King Institute of Preventive Medicine Micro-Biological Section reports 1909-11
Year: 1909
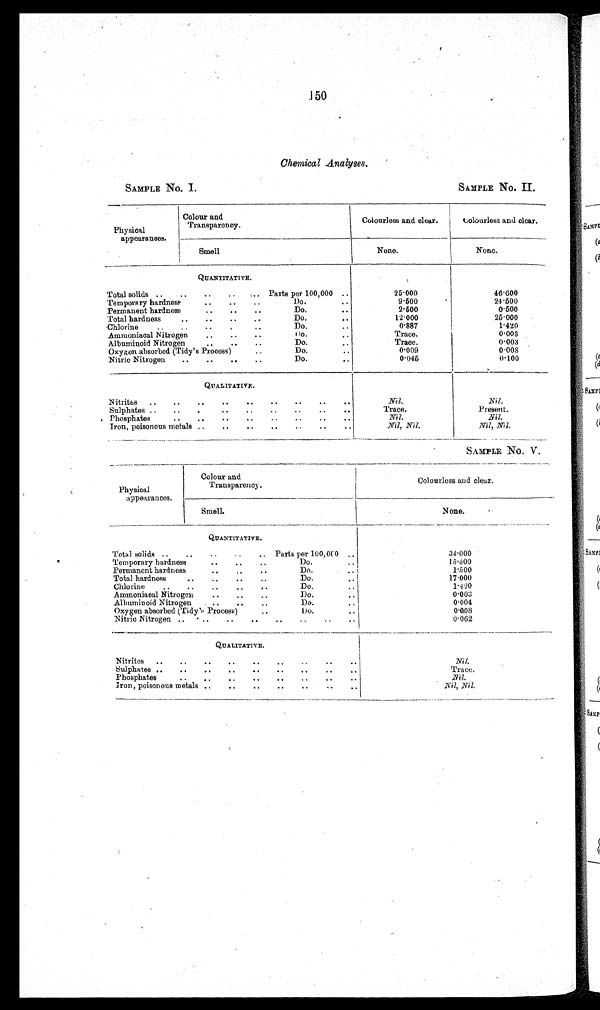
SAMPLE No. I.
SAMPLE No. II
150
Chemical Analyses.
Physical
appearances.
Colour and
Transparency.
Colourless and clear.
Colourless and clear.
Smell
None.
None.
QUANTITATIVE.
Total solids ..
..
..
..
. Parts per 100,000 ..
25·000
46·600
Temporary hardness
..
..
..
Do.
..
9·500
24·500
Permanent hardness
..
..
..
Do.
2·500
0·500
Total hardness
..
..
, .
Do.
..
12·000
25·000
Chlorine
..
..
Do.
..
0·887
1·420
Ammoniacal Nitrogen
..
..
..
Do.
..
Trace.
0·003
Albuminoid Nitrogen
..
..
..
Do.
..
Trace.
0·003
Oxygen absorbed (Tidy's Process)
Do.
..
0·009
0·008
Nitric Nitrogen
..
..
..
..
Do.
..
0·045
0·100
QUALITATIVE.
Nitrites ..
..
..
..
..
..
..
..
Nil.
Nil.
Sulphates ..
..
..
..
..
Trace.
Present.
Phosphates
..
..
..
..
..
..
..
. .
Nil.
Nil.
Iron, poisonous metals ..
..
..
..
..
..
Nil, Nil.
Nil, Nil.
SAMPLE No. V.
Physical
appearances.
Colour and
Transparency.
Colourless and clear.
Smell.
None.
QUANTITATIVE.
Total solids ..
..
..
..
.. Parts per 100,000 ..
34·000
Temporary hardness.. ..
.
15·500
Permanent hardness
..
..
Do.
..
1·500
Total hardness
..
"
..
Do
17·000
Chlorine
..
.
..
Do.
: :
1·420
Ammoniacal Nitrogen
..
..
..
Do.
..
0·003
Albuminoid Nitrogen
.
..
Do.
0·004
Oxygen absorbed (Tidy's Process) ..
Do.
..
0·008
Nitric Nitrogen ..
..
..
..
..
..
..
..
0·062
QUALITATIVE.
Nitrites ..
..
..
..
..
..
..
..
Nil.
Sulphates ..
.
..
..
..
..
.
..
..
Trace.
Phosphates
..
..
..
..
..
..
..
Nil.
Iron, poisonous metals ..
..
..
..
..
..
Nil, Nil.